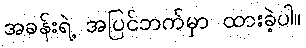
အခန်းရဲ့ အပြင်ဘက်မှာ ထားခဲ့ပါ။